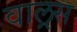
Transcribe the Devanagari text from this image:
वाल्रस